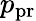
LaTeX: p_{\mathrm{pr}}